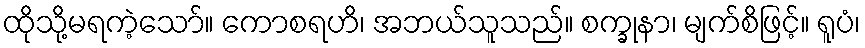
ထိုသို့မရကဲ့သော်။ ကောစရဟိ၊ အဘယ်သူသည်။ စက္ခုနာ၊ မျက်စိဖြင့်။ ရူပံ၊